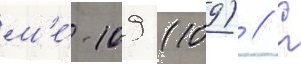
м'е́-109 (109) // С